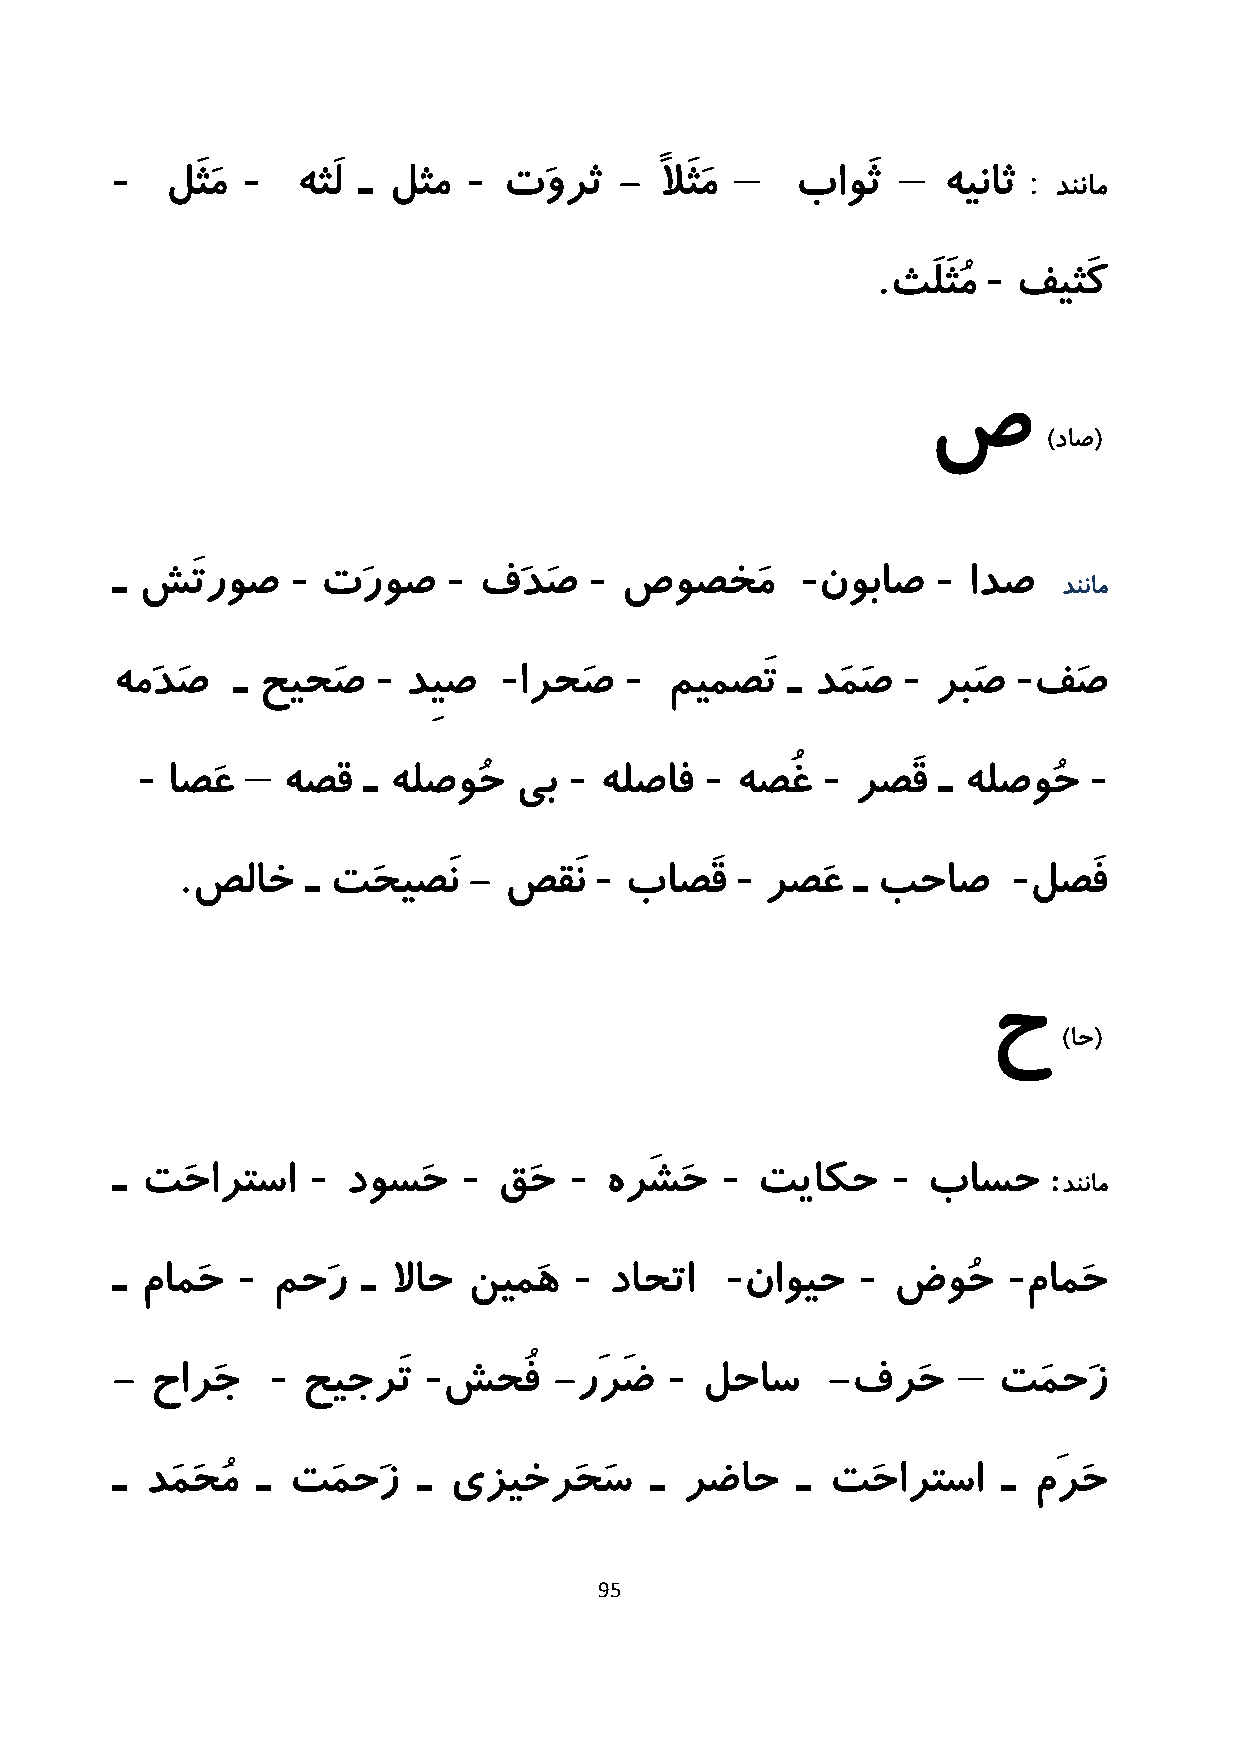
-        -              -                 –          –
 :
 لَثَم    هثَل ـ لثم   تَورث   -  ًلاَثَم  باوَث    هیناث   دننام
 .      -
 ثَلَثُم فیثَک
 ص
 )داص(
 -          -        -             -        -
 ـ شَتروص      تَروص      فَدَص    صوصخَم       نوباص     ادص
 دننام
 -       -       -                  -      -
 همَدَص  ـ حیحَص     دِیص   ارحَص     میمصَت  ـ دَمَص   ربَص  فَص
 -      –                     -        -      -                 -
 اصَع    هصق  ـ هلصوُح  یب    هلصاف    هصغُ    رصَق ـ هلصوُح
 .                          -         -                 -
 صلاخ   ـ تَحیصَن  - صقَن    باصَق     رصَع ـ بحاص      لصَف
 ح
 )اح(
 -         -      -         -          -
 :
 ـ تَحارتسا      دوسَح     قَح    هرَشَح    تیاکح      باسح
 دننام
 -                     -         -        -         -
 ـ مامَح    محَر  ـ لااح نیمَه    داحتا    ناویح     ضوُح     مامَح
 -         -               -                  –
 -  حارَج     حیجرَت   شحُف    -رَرَض   لحاس     -فرَح      تَمحَز
 ـ  دَمَحُم ـ تَمحَز  ـ یزیخرَحَس    ـ رضاح    ـ تَحارتسا   ـ مَرَح
 95